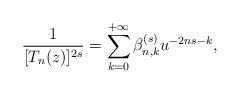
LaTeX: \begin{align*}\dfrac{1}{[T_n(z)]^{2s}}=\sum_{k=0}^{+\infty}\beta^{(s)}_{n,k} u^{-2ns-k},\end{align*}